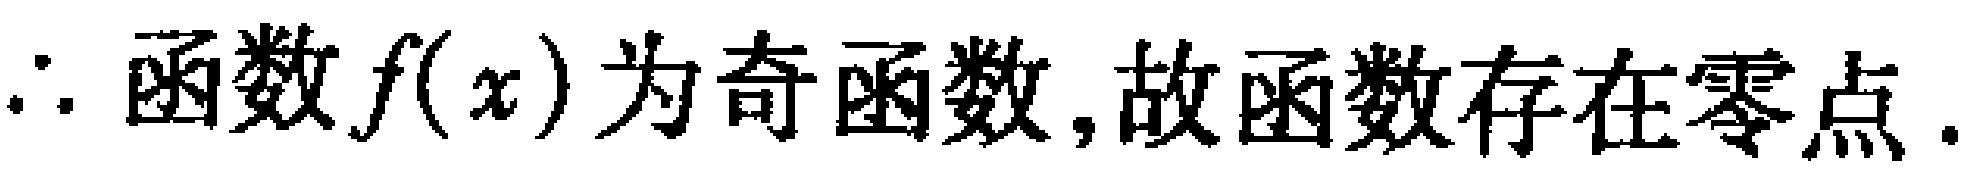
$\therefore 函数f(x)为奇函数,故函数存在零点.$